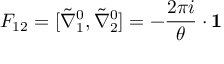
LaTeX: F _ { 1 2 } = [ \tilde { \nabla } _ { 1 } ^ { 0 } , \tilde { \nabla } _ { 2 } ^ { 0 } ] = - \frac { 2 \pi i } { \theta } \cdot { \bf 1 }